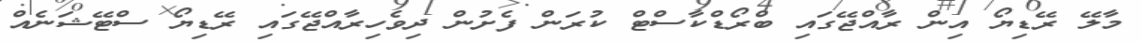
މާލޭ ރޭޑިޔޯ އިން ރާއްޖޭގައި ބްރޯޑްކާސްޓް ކުރަން ފެށުން ދިވެހިރާއްޖޭގައި ރޭޑިޔޯ ސްޓޭޝަނެއް